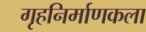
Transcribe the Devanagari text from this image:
गृहनिर्माणकला